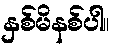
နှစ်မိနစ်ပါ။